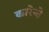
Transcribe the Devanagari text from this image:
कारेन्ते